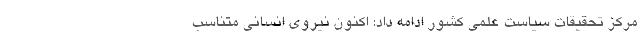
مرکز تحقیقات سیاست علمی کشور ادامه داد: اکنون نیروی انسانی متناسب